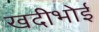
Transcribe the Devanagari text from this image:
खदीभोई